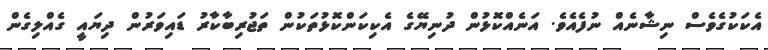
އެކަކުގެވެސް ނިޝާނެއް ނުފެއެވެ. އަނެއްކޮޅުން ދުނިޔޭގެ އެކިކަންކޮޅުތަކުން ތަޖުރިބާކާރު ޑައިވަރުން ދިޔައީ ގެއްލިގެން